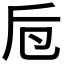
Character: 𠨗